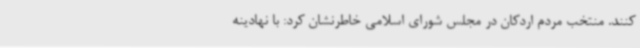
کنند. منتخب مردم اردکان در مجلس شورای اسلامی خاطرنشان کرد: با نهادینه